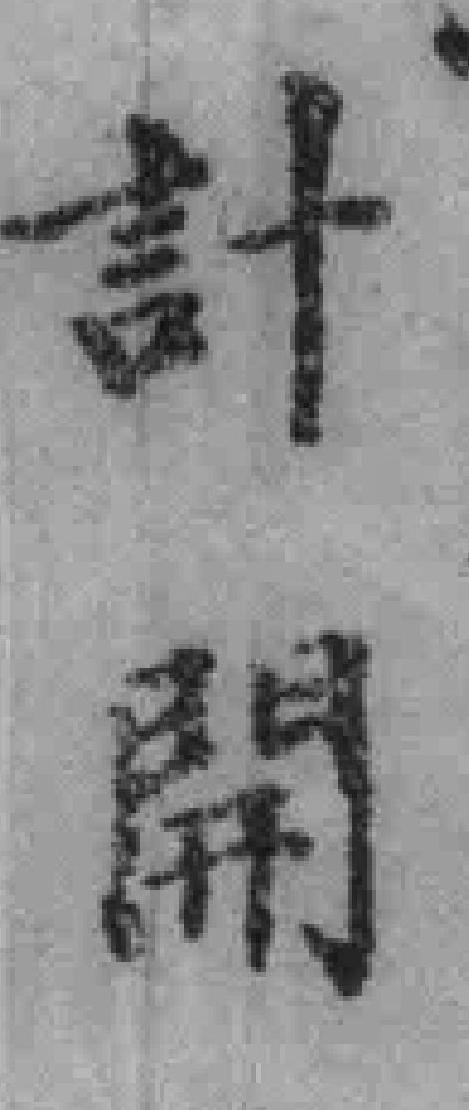
計開